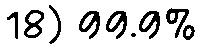
18) 99.9%